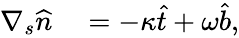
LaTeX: \begin{array}{rl}{\nabla_{s}\widehat{n}}&{{}=-\kappa\widehat{t}+\omega\widehat{b},}\end{array}